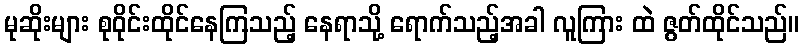
မုဆိုးများ စုဝိုင်းထိုင်နေကြသည့် နေရာသို့ ရောက်သည့်အခါ လူကြား ထဲ ဇွတ်ထိုင်သည်။